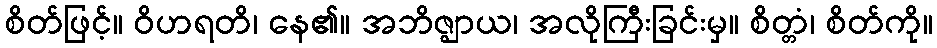
စိတ်ဖြင့်။ ဝိဟရတိ၊ နေ၏။ အဘိဇ္ဈာယ၊ အလိုကြီးခြင်းမှ။ စိတ္တံ၊ စိတ်ကို။